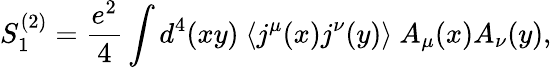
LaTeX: S_{1}^{(2)}=\frac{e^{2}}{4}\int d^{4}(xy)~\langle j^{\mu}(x)j^{\nu}(y)\rangle~A_{\mu}(x)A_{\nu}(y),